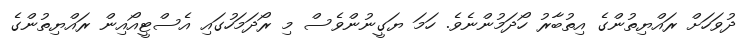
ދުވަހަށް ރައްޔިތުންގެ އިތުބާރު ހޯދަމުންނެވެ. ހަމަ ޔަގީނުންވެސް މި ރޯދަމަހުގައި އެސްޓީއޯއިން ރައްޔިތުންގެ